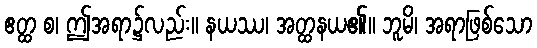
ဧတ္ထ စ၊ ဤအရာ၌လည်း။ နယဿ၊ အတ္ထနယ၏။ ဘူမိ၊ အရာဖြစ်သော